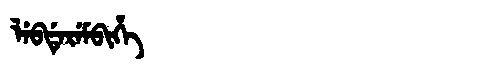
Manchu: ᠯᡝᠪᡩᡝᡵᡝᠮᠪᡳᡥᡝ
Romanization: LEBDEREMBIHE